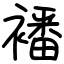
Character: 襎